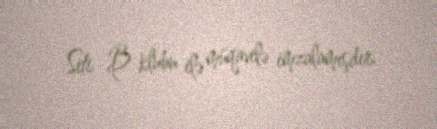
Siti B klubu ilə müqavilə imzalamışdır.